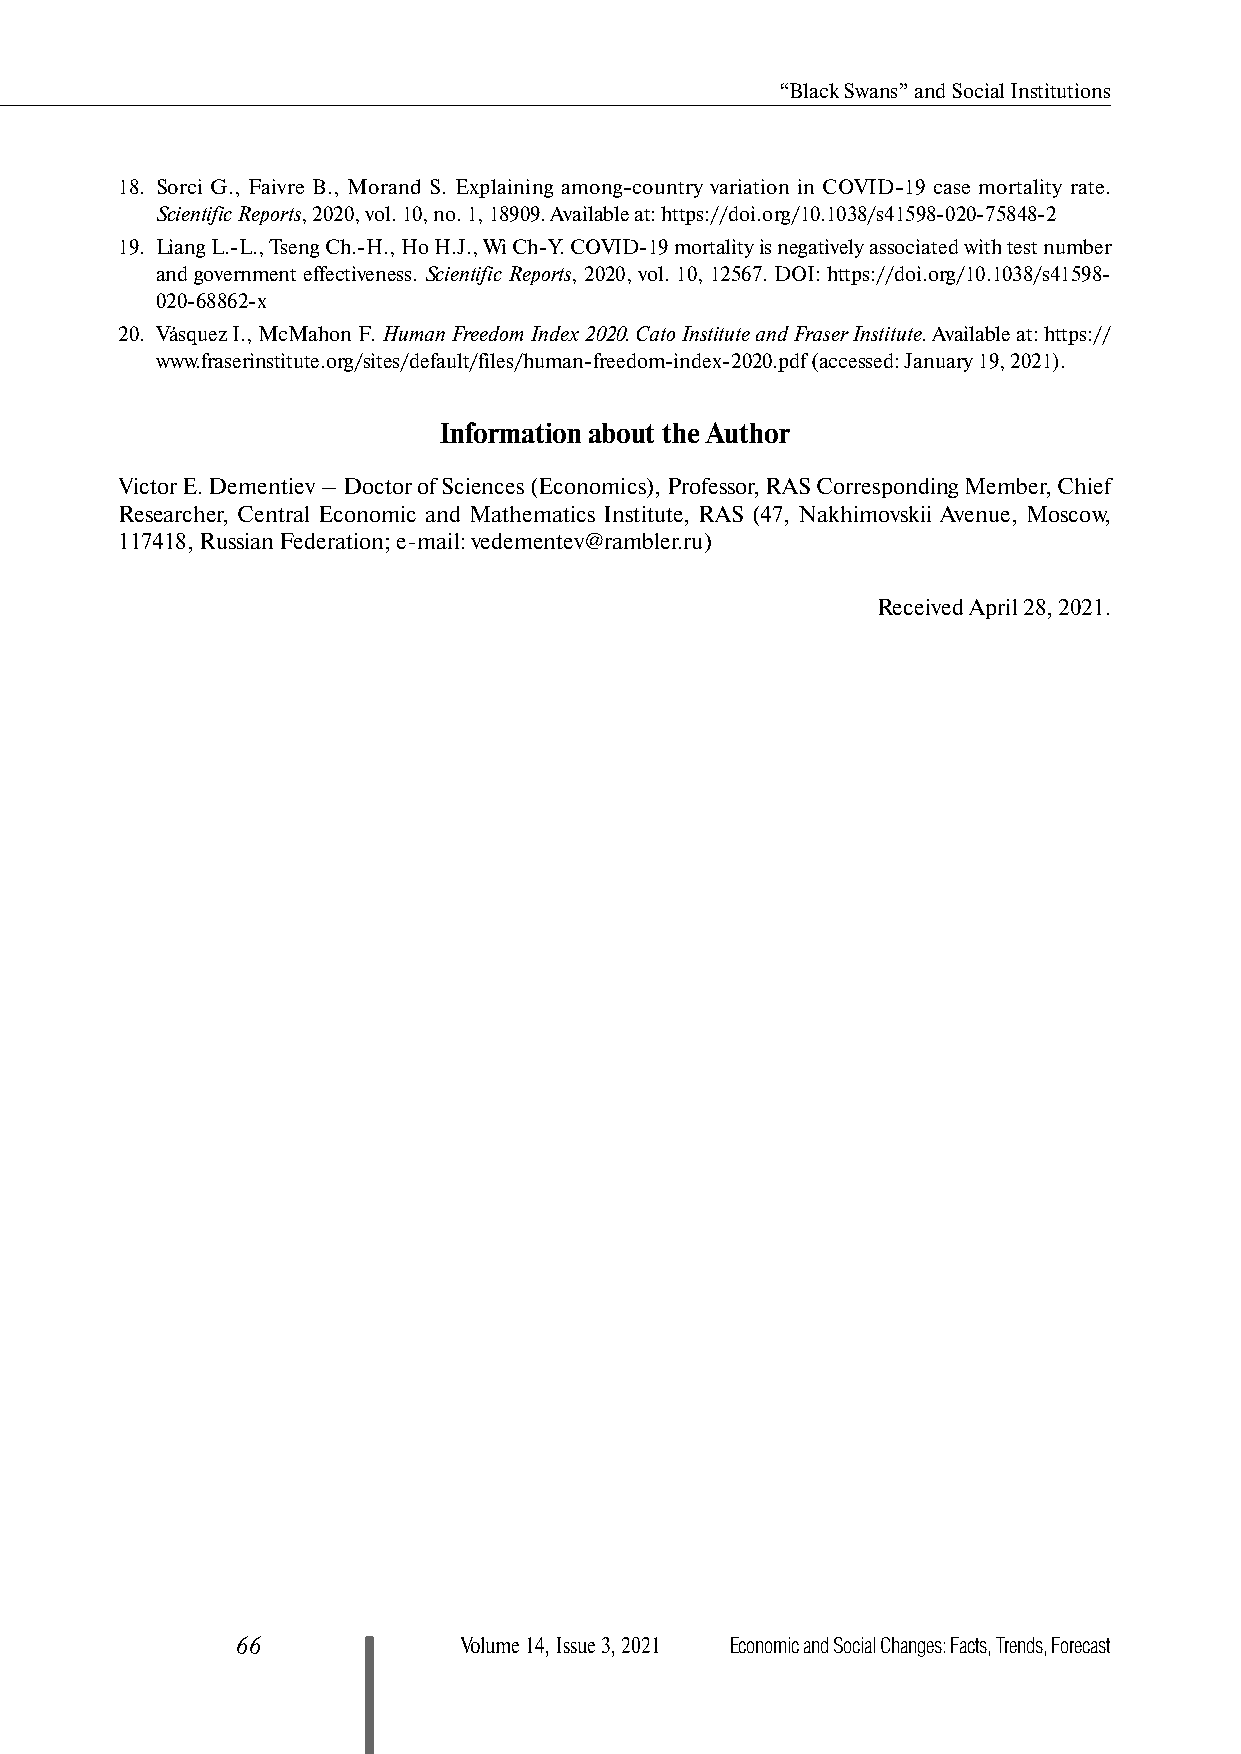
“Black Swans” and Social Institutions
 18. Sorci G., Faivre B., Morand S. Explaining among-country variation in COVID-19 case mortality rate.
 Scientific Reports, 2020, vol. 10, no. 1, 18909. Available at: https://doi.org/10.1038/s41598-020-75848-2
 19. Liang L.-L., Tseng Ch.-H., Ho H.J., Wi Ch-Y. COVID-19 mortality is negatively associated with test number
 and government effectiveness. Scientific Reports, 2020, vol. 10, 12567. DOI: https://doi.org/10.1038/s41598-
 020-68862-x
 20. Vásquez I., McMahon F. Human Freedom Index 2020. Cato Institute and Fraser Institute. Available at: https://
 www.fraserinstitute.org/sites/default/files/human-freedom-index-2020.pdf (accessed: January 19, 2021).
 Information about the Author
 Victor E. Dementiev – Doctor of Sciences (Economics), Professor, RAS Corresponding Member, Chief
 Researcher, Central Economic and Mathematics Institute, RAS (47, Nakhimovskii Avenue, Moscow,
 117418, Russian Federation; e-mail: vedementev@rambler.ru)
 Received April 28, 2021.
 66            Volume 14, Issue 3, 2021 Economic and Social Changes: Facts, Trends, Forecast